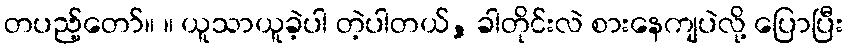
တပည့်တော်။ ။ ယူသာယူခဲ့ပါ တဲ့ပါတယ်, ခါတိုင်းလဲ စားနေကျပဲလို့ ပြောပြီး